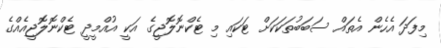
މިފަދަ އެހެން އެތައް ސަބަބުތަކަކަށް ޓަކައި މި ޓެކްނޮލޮޖީގެ އަކީ އުއްމީދީ ޓެކްނޮލޮޖީއެއްގެ